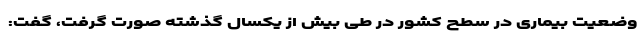
وضعیت بیماری در سطح کشور در طی بیش از یکسال گذشته صورت گرفت، گفت: